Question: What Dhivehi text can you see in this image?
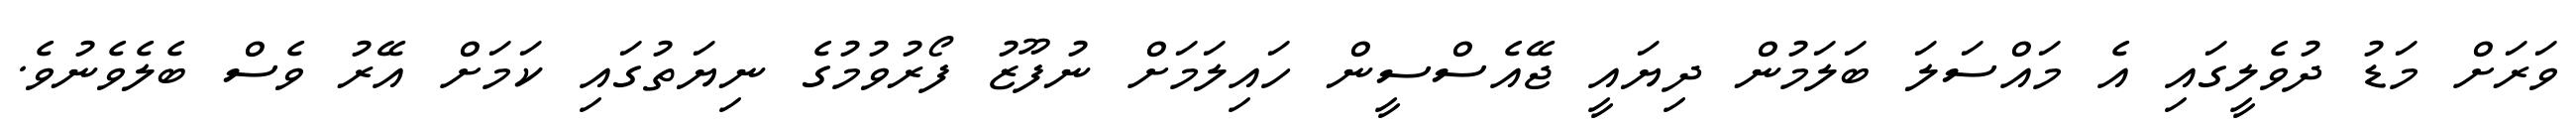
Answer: ވަރަށް މަޑު ދުވެލީގައި އެ މައްސަލަ ބަލަމުން ދިޔައީ ޖޭއެސްސީން ހައިލަމަށް ނުފޫޒު ފޯރުވުމުގެ ނިޔަތުގައި ކަމަށް އޭރު ވެސް ބެލެވެނުވެ.